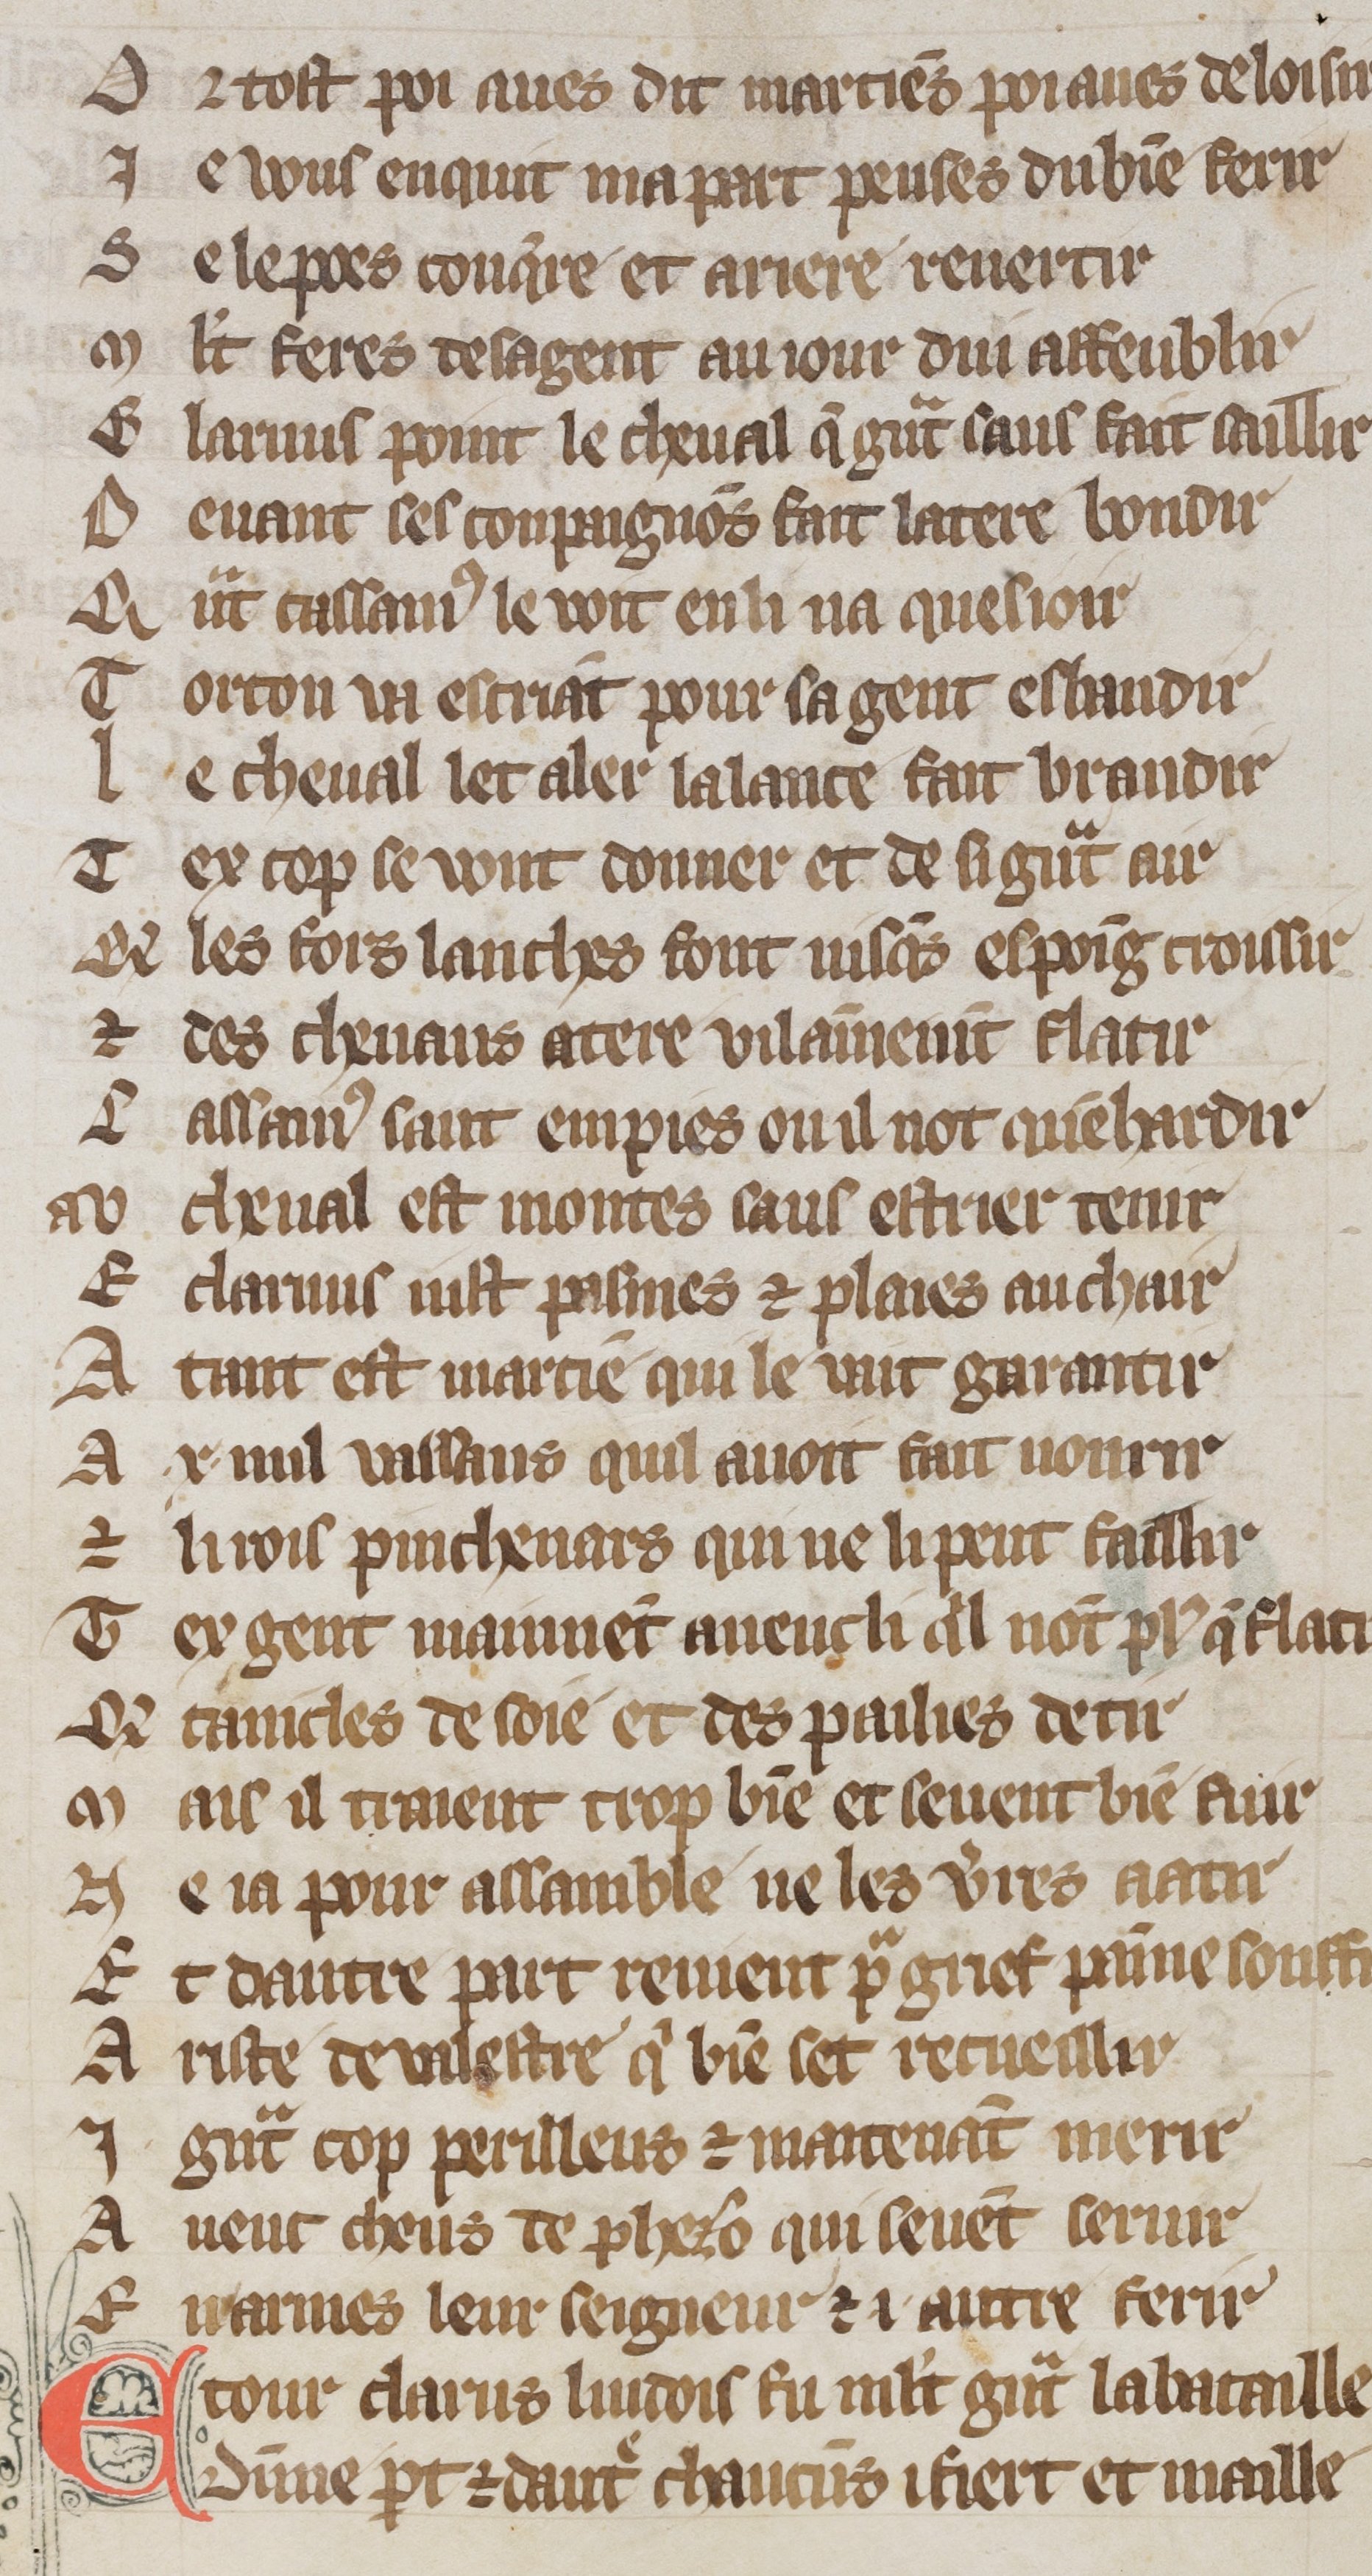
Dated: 1300–1330